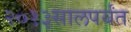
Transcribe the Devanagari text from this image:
२०१३सालपर्यंत